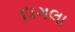
દાગલા